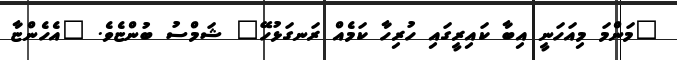
"މަންމަ މިއަހަނީ އިބާ ކައިރީގައި ހުރިހާ ކަމެއް ރަނގަޅުހޭ" ޝަމްސު ބުންޏެވެ. "އެހެންޏާ